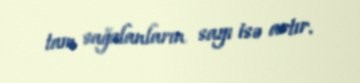
tam sağalanların sayı isə artır.